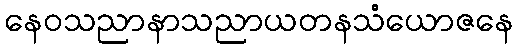
နေဝသညာနာသညာယတနသံယောဇနေ